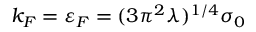
k _ { F } = \varepsilon _ { F } = ( 3 \pi ^ { 2 } \lambda ) ^ { 1 / 4 } \sigma _ { 0 }